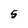
Character: 5